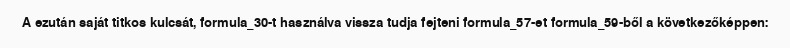
A ezután saját titkos kulcsát, formula_30-t használva vissza tudja fejteni formula_57-et formula_59-ből a következőképpen: